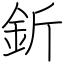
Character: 釿